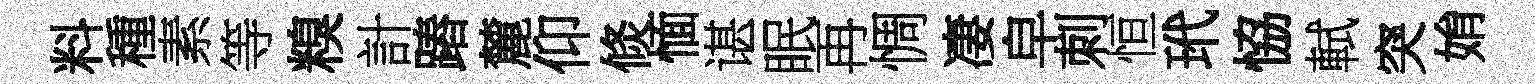
料種素等糗計蹖麓仰倐愐谌眠再惆凄皁刺恒玳恊軾突姢